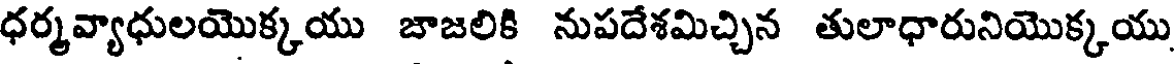
ధర్మవ్యాధులయొక్కయు జాజలికి నుపదేశమిచ్చిన తులాధారునియొక్కయు